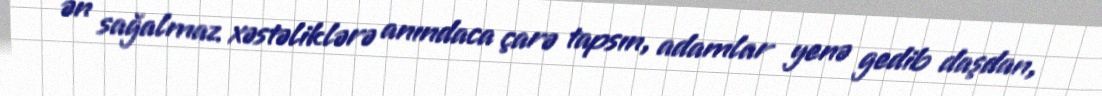
ən sağalmaz xəstəliklərə anındaca çarə tapsın, adamlar yenə gedib daşdan,